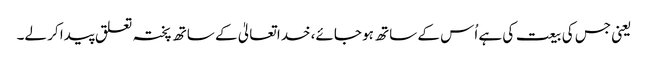
یعنی جس کی بیعت کی ہے اُس کے ساتھ ہو جائے، خدا تعالیٰ کے ساتھ پختہ تعلق پیدا کر لے۔